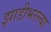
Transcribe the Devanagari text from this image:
झाडीभरल्या